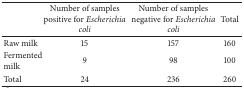
|  | Number of samples positive for Escherichia coli | Number of samples negative for Escherichia coli | Total |
 | --- | --- | --- | --- |
 | Raw milk | 15 | 157 | 160 |
 | Fermented milk | 9 | 98 | 100 |
 | Total | 24 | 236 | 260 |